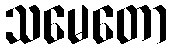
သမေတော